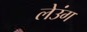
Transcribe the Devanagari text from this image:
लेउंग